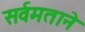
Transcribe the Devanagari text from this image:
सर्वमताने